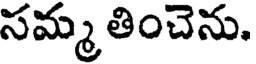
సమ్మ తించెను.